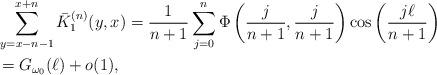
LaTeX: \begin{align*}&\sum_{y=x-n-1}^{x+n}\bar K^{(n)}_1({y,x})=\frac{1}{n+1}\sum_{j=0}^n \Phi\left(\frac{j}{n+1}, \frac{ j}{n+1}\right) \cos\left(\frac{j\ell }{n+1} \right) \\&= G_{\omega_0}(\ell) + o(1),\end{align*}